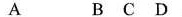
A B C D